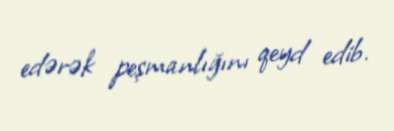
edərək peşmanlığını qeyd edib.